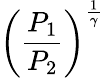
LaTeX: \left({\frac{P_{1}}{P_{2}}}\right)^{\frac{1}{\gamma}}